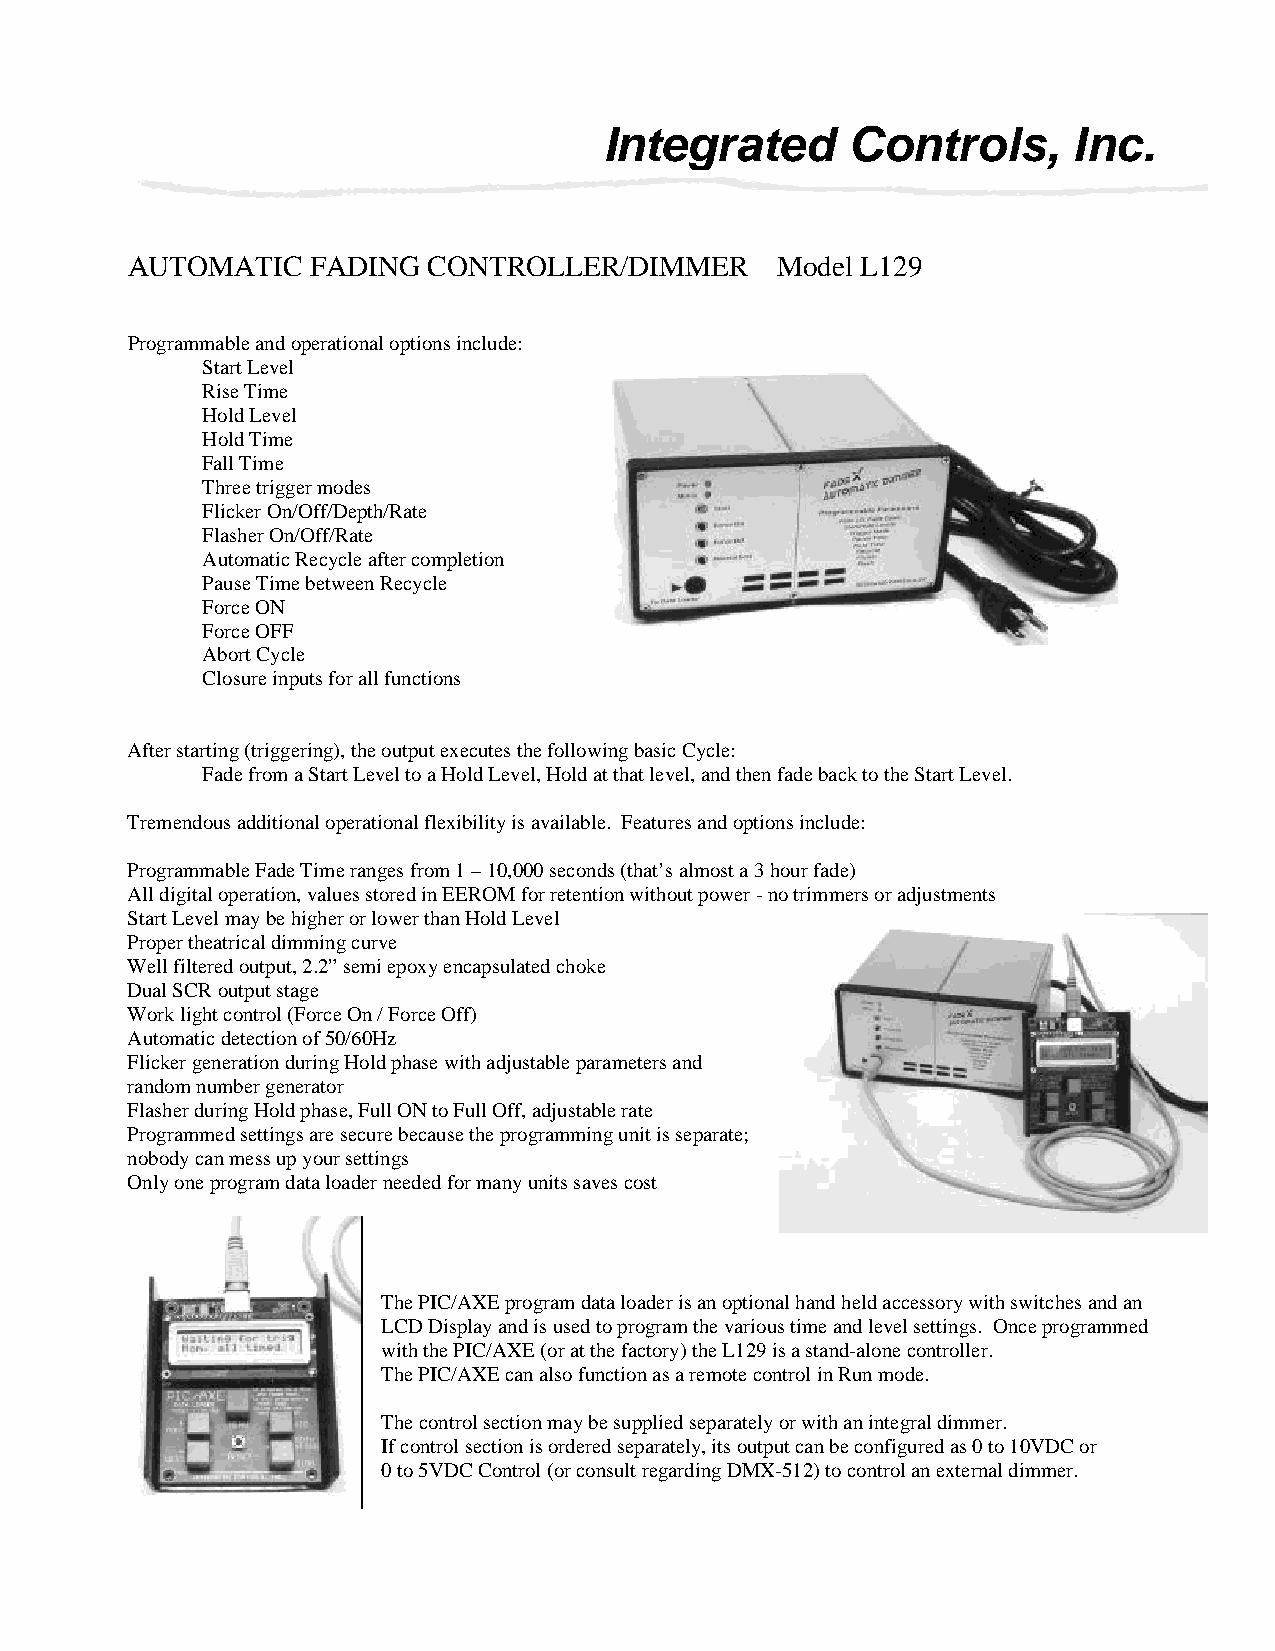
Integrated      Controls,      Inc.
 AUTOMATIC    FADING CONTROLLER/DIMMER      Model L129
 Programmable and operational options include:
 Start Level
 Rise Time
 Hold Level
 Hold Time
 Fall Time
 Three trigger modes
 Flicker On/Off/Depth/Rate
 Flasher On/Off/Rate
 Automatic Recycle after completion
 Pause Time between Recycle
 Force ON
 Force OFF
 Abort Cycle
 Closure inputs for all functions
 After starting (triggering), the output executes the following basic Cycle:
 Fade from a Start Level to a Hold Level, Hold at that level, and then fade back to the Start Level.
 Tremendous additional operational flexibility is available. Features and options include:
 Programmable Fade Time ranges from 1 – 10,000 seconds (that’s almost a 3 hour fade)
 All digital operation, values stored in EEROM for retention without power - no trimmers or adjustments
 Start Level may be higher or lower than Hold Level
 Proper theatrical dimming curve
 Well filtered output, 2.2” semi epoxy encapsulated choke
 Dual SCR output stage
 Work light control (Force On / Force Off)
 Automatic detection of 50/60Hz
 Flicker generation during Hold phase with adjustable parameters and
 random number generator
 Flasher during Hold phase, Full ON to Full Off, adjustable rate
 Programmed settings are secure because the programming unit is separate;
 nobody can mess up your settings
 Only one program data loader needed for many units saves cost
 The PIC/AXE program data loader is an optional hand held accessory with switches and an
 LCD Display and is used to program the various time and level settings. Once programmed
 with the PIC/AXE (or at the factory) the L129 is a stand-alone controller.
 The PIC/AXE can also function as a remote control in Run mode.
 The control section may be supplied separately or with an integral dimmer.
 If control section is ordered separately, its output can be configured as 0 to 10VDC or
 0 to 5VDC Control (or consult regarding DMX-512) to control an external dimmer.